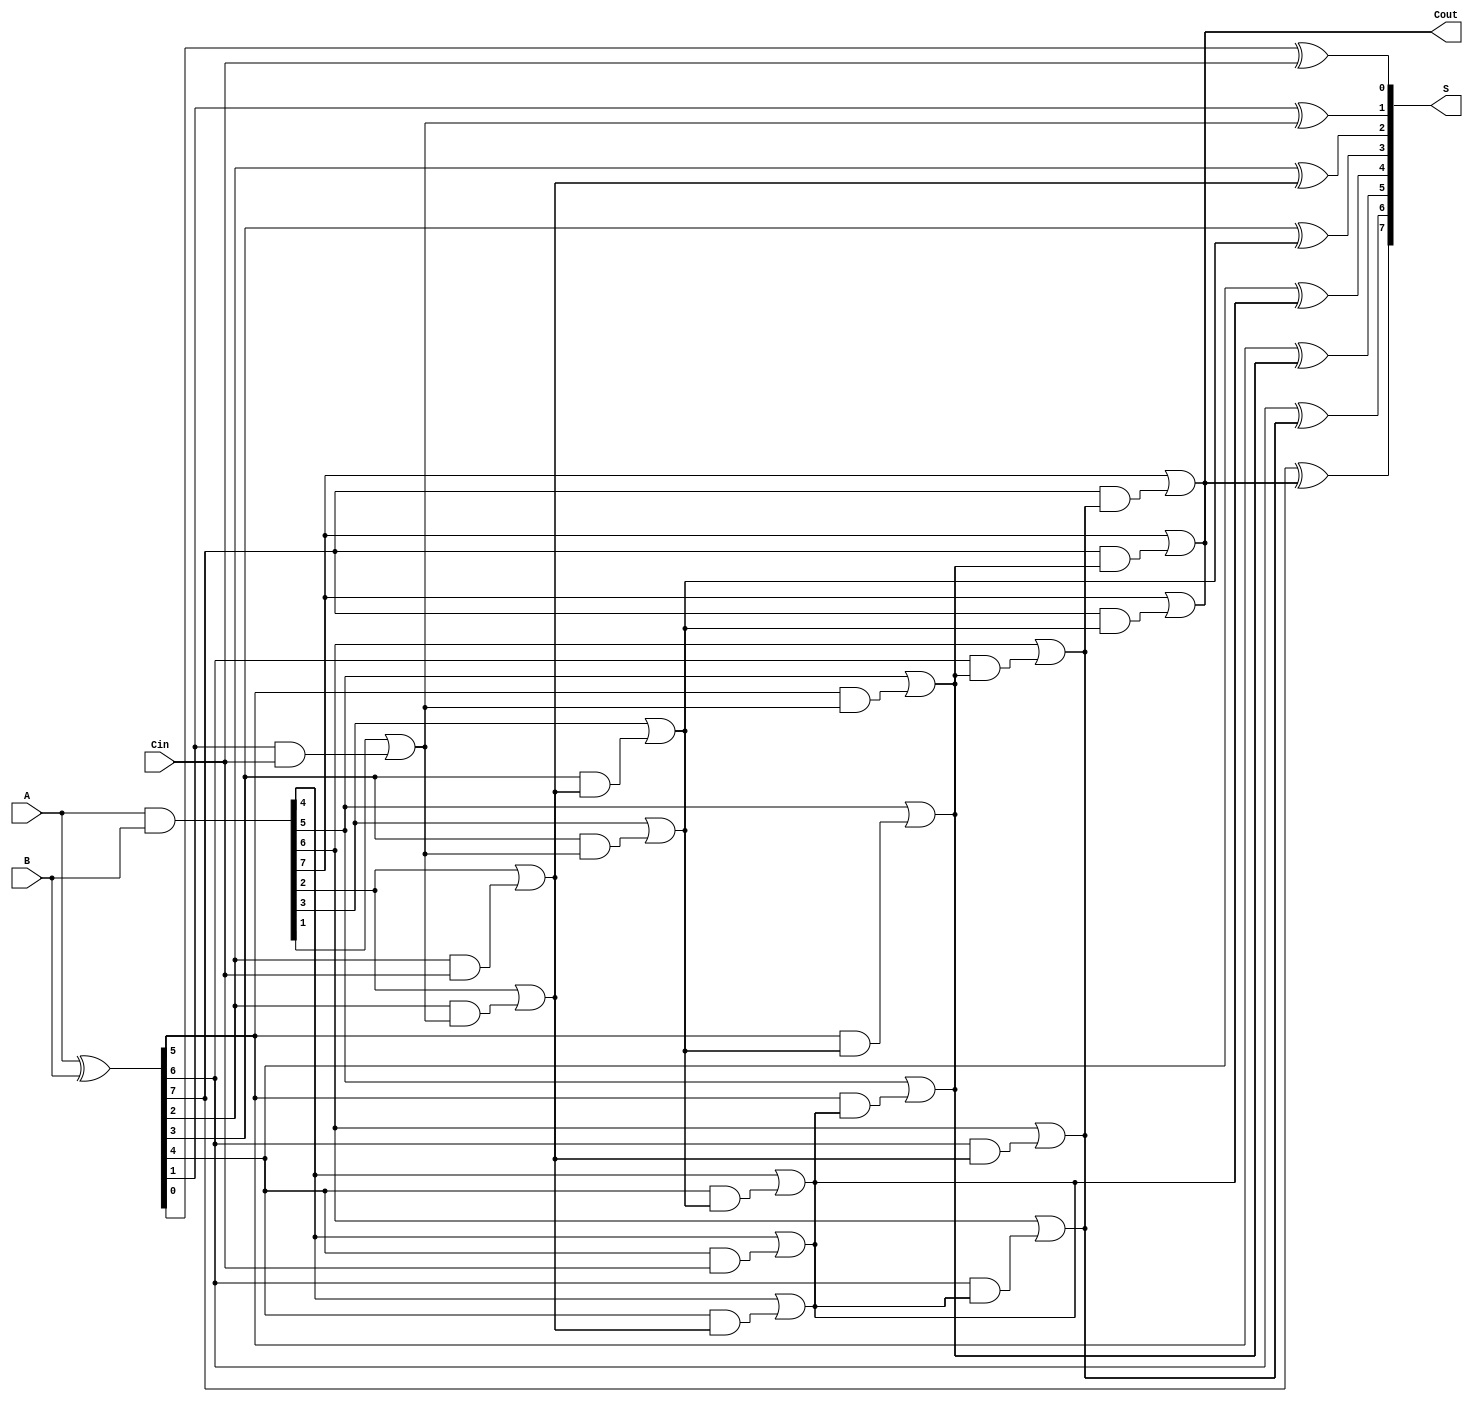
module KoggeStoneAdder #(parameter N = 8) (
    input  [N-1:0] A,
    input  [N-1:0] B,
    input          Cin,
    output [N-1:0] S,
    output         Cout
);
    // Generate and Propagate signals
    wire [N-1:0] G; // Generate signals
    wire [N-1:0] P; // Propagate signals
    wire [N:0] C;   // Carry signals (C[0] is Cin)

    assign G = A & B;    // Generate
    assign P = A ^ B;    // Propagate
    assign C[0] = Cin;   // Carry-in

    // Kogge-Stone carry computation
    genvar i, j, stage;
    
    // Calculate carry signals using the Kogge-Stone structure
    generate
        for (stage = 0; stage < $clog2(N); stage = stage + 1) begin: stages
            for (i = 0; i < N; i = i + 1) begin: carry_calc
                if (i >= (1 << stage)) begin
                    // Calculate carry signals based on previous stage
                    assign C[i] = G[i] | (P[i] & C[i - (1 << stage)]);
                end
            end
        end
    endgenerate

    // Calculate sum bits
    generate
        for (i = 0; i < N; i = i + 1) begin: sum_calc
            assign S[i] = P[i] ^ C[i]; // Sum calculation
        end
    endgenerate

    // Carry-out is the last carry signal
    assign Cout = C[N-1]; 

endmodule